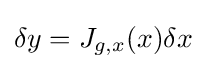
\delta y=J_{g,x}(x)\delta x